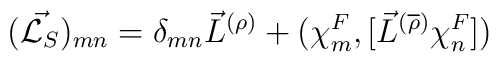
(\vec{{\cal L}_S})_{mn} =	{\delta}_{mn}{\vec{L}}^{(\rho)} + ({\chi}^F_m,	[{\vec{L}}^{(\overline{\rho})}{\chi}^F_n])